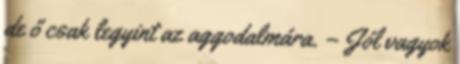
de ő csak legyint az aggodalmára. – Jól vagyok